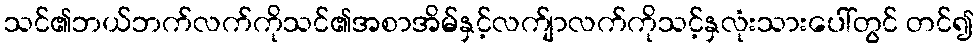
သင်၏ဘယ်ဘက်လက်ကိုသင်၏အစာအိမ်နှင့်လက်ျာလက်ကိုသင့်နှလုံးသားပေါ်တွင် တင်၍